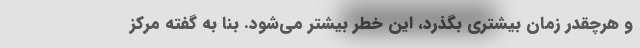
و هرچقدر زمان بیشتری بگذرد، این خطر بیشتر می‌شود. بنا به گفته مرکز